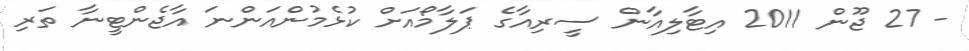
- 27 ޖޫން 2011 އިޓާލިއާން ސީރިއާގެ ޕަލާމޯއަށް ކުޅެމުންއަންނަ އާޖެންޓީނާ ތަރި